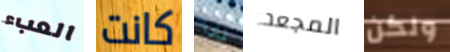
العبء كانت لماذا المجعد ولكن